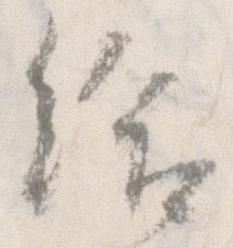
給